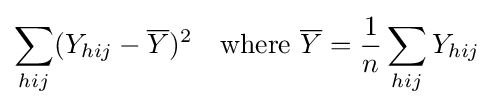
\sum _{hij}(Y_{hij}-{\overline {Y}})^{2}\quad {\text{where }}{\overline {Y}}={\frac {1}{n}}\sum _{hij}Y_{hij}